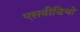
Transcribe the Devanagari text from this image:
एसवीडियो